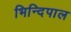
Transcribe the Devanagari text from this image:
भिन्दिपाल